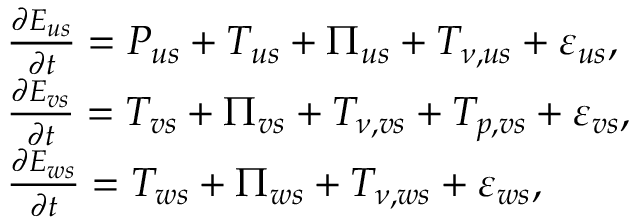
\begin{array} { r l } & { \frac { \partial E _ { u s } } { \partial t } = { P } _ { u s } + T _ { u s } + \Pi _ { u s } + T _ { \nu , u s } + \varepsilon _ { u s } , } \\ & { \frac { \partial E _ { v s } } { \partial t } = T _ { v s } + \Pi _ { v s } + T _ { \nu , v s } + T _ { p , v s } + \varepsilon _ { v s } , } \\ & { \frac { \partial E _ { w s } } { \partial t } = T _ { w s } + \Pi _ { w s } + T _ { \nu , w s } + \varepsilon _ { w s } , } \end{array}